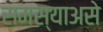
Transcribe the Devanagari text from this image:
समस्याअसे